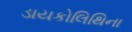
ડાયકોલિથિના